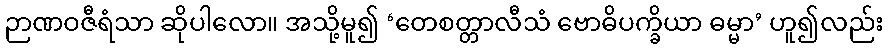
ဉာဏဝဇီရံသာ ဆိုပါလော။ အသို့မူ၍ ‘တေစတ္တာလီသံ ဗောဓိပက္ခိယာ ဓမ္မာ’ ဟူ၍လည်း